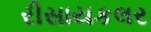
રીસાયકલર